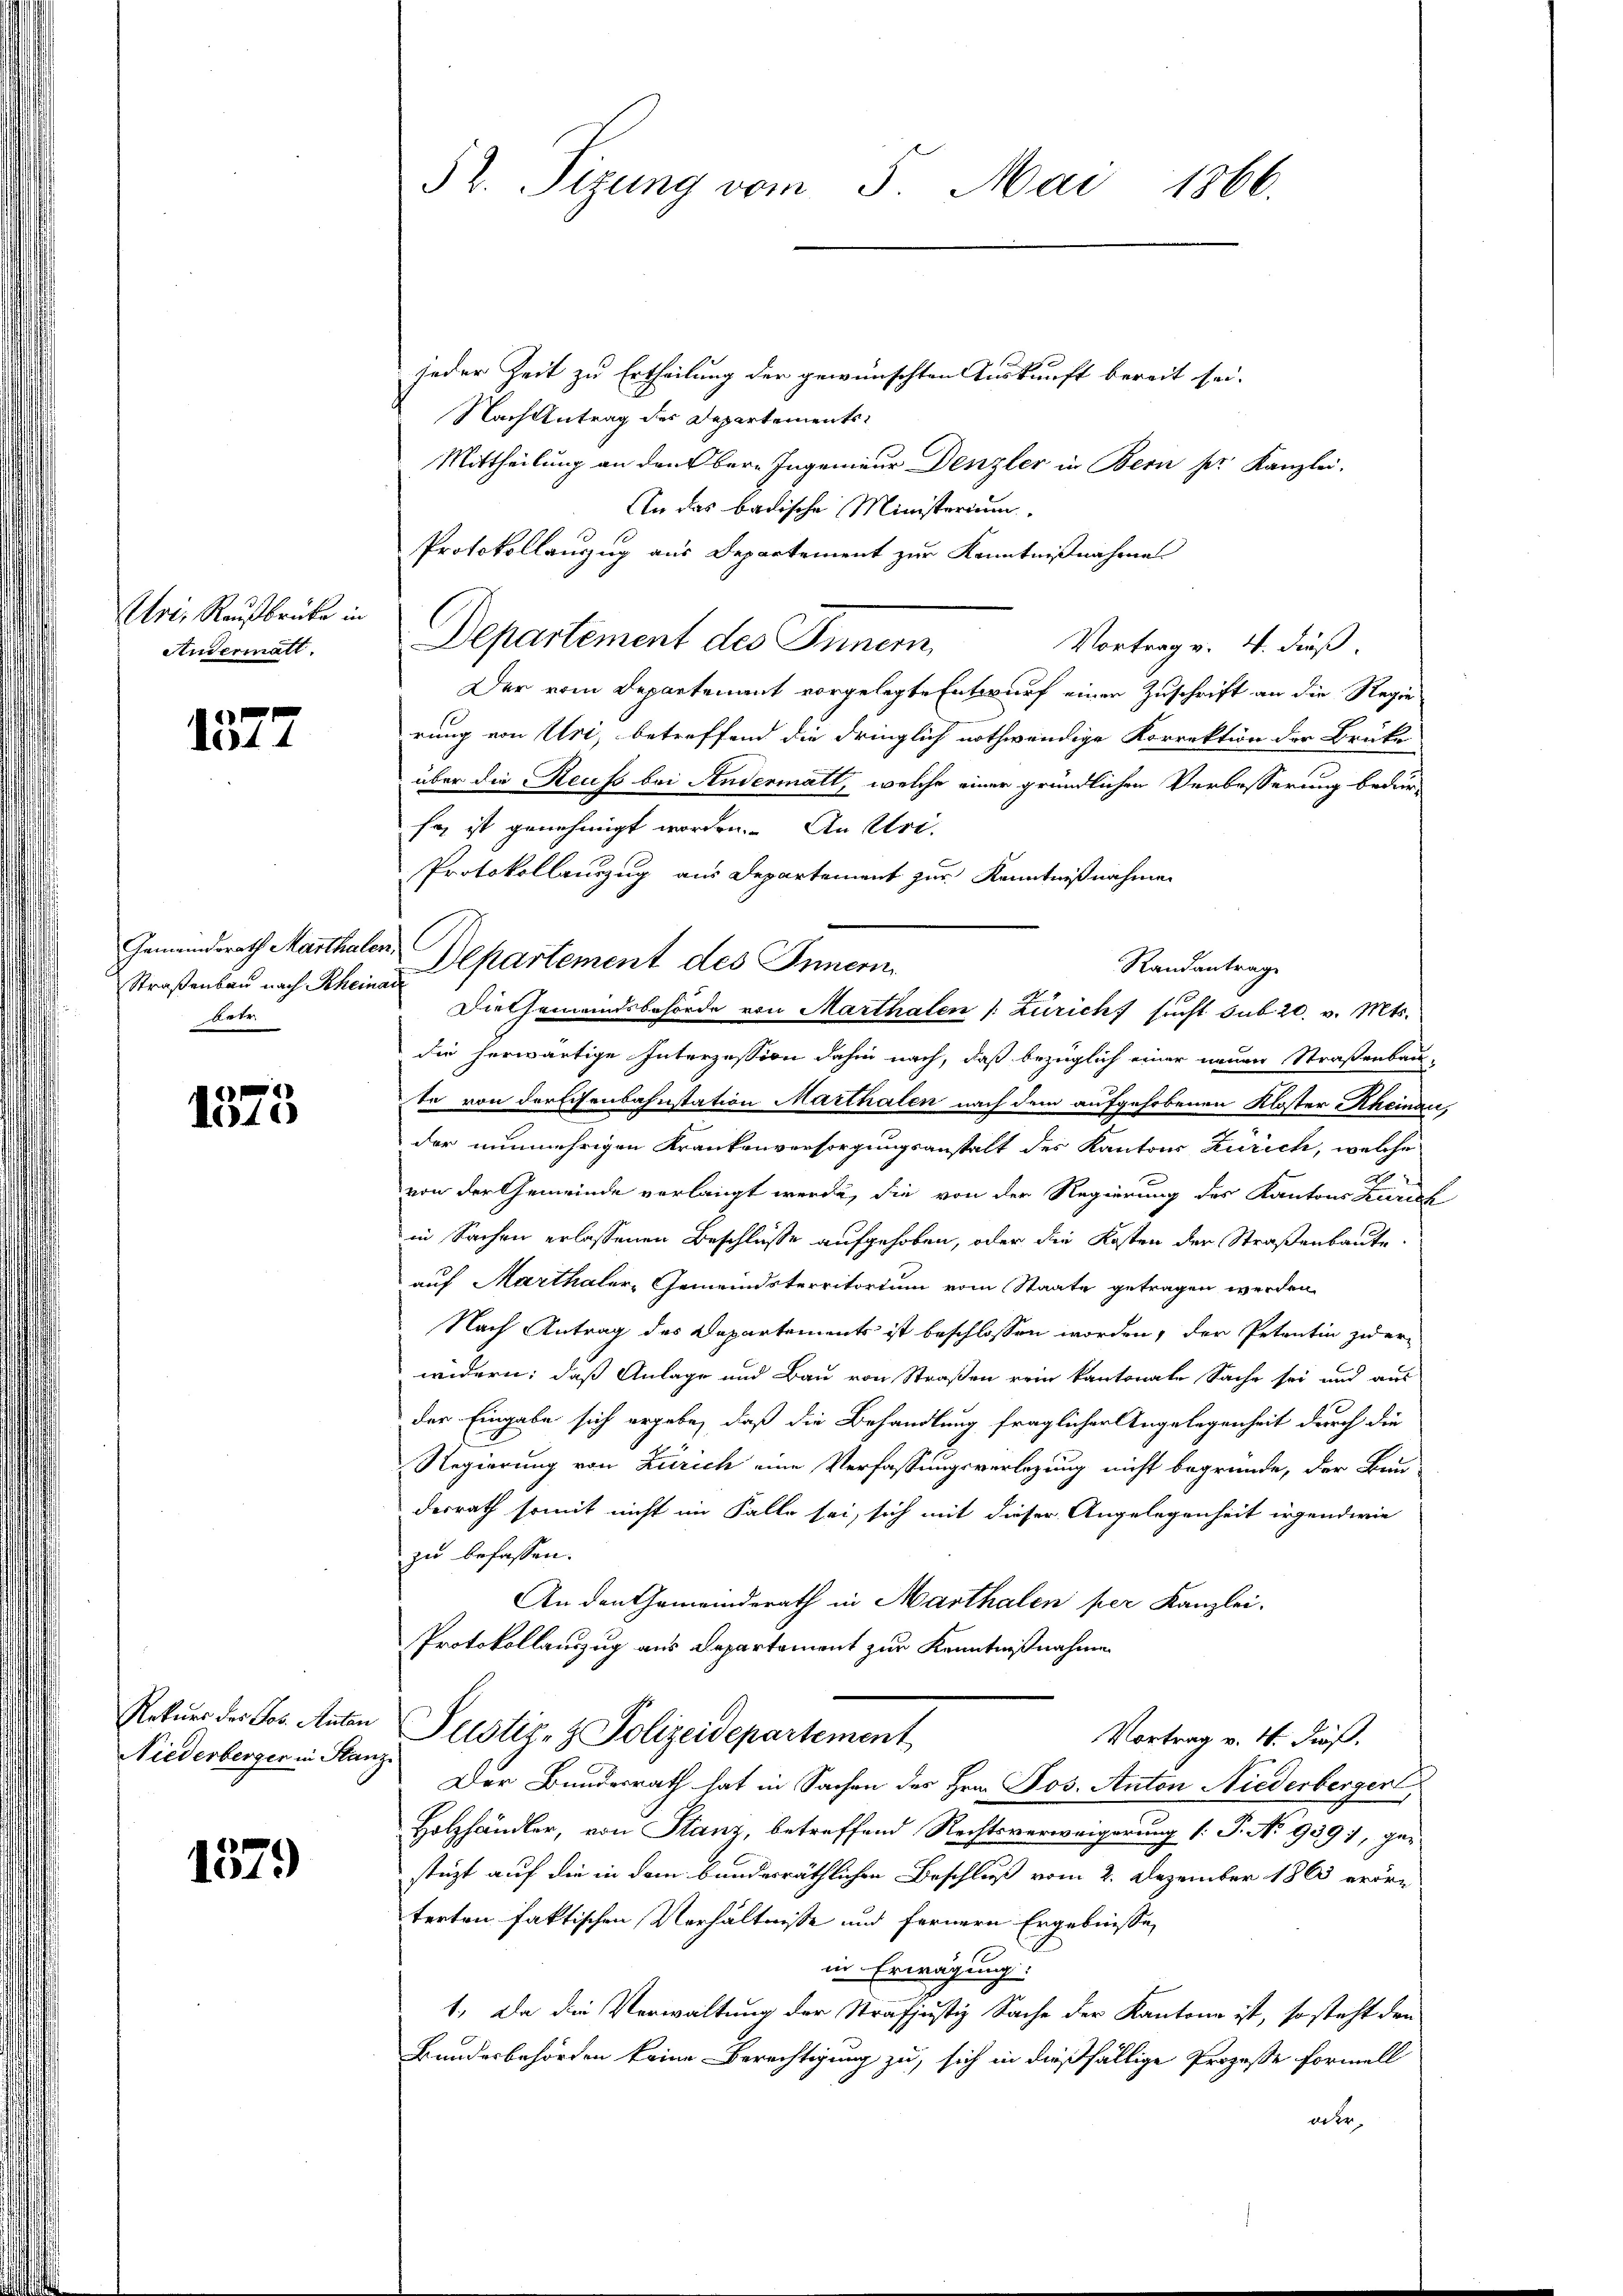
Uri, Rausbrücke in
Andermatt.

1572

Straßenbau nach Rheinau
betr.

1575

Rekurs des Jos. Mitan
Niederbergen in Stanz

1379

52. Sizung vom 5. Mai 1866.

jeder Zeit zu Ertheilung der gewünschten Auskunft bereit sei.
Nach Antrag des Departements¬
Mittheilung an den bere Ingenieur Denzler in Bern pr. Kanzlei.
An das badische Ministerium.
Protokollauszug aus Departement zur Kenntnißnahmen
Departement des Inner
Vortrag v. 4. dieß.
Der vom Departement vorgelegte Entwurf einer Zuschrift an die Regierung von Uri, betreffend die dringlich nothwendige Korrektion der Brüke
über die Reuss bei Andermatt, welche einer gründlichen Verbesserung bedur-
sa ist genehmigt worden. An Uri.
Protokollauszug aus Departement zur Kenntnißnahmen
Gemeindsrath Marthalen Departement des Innern
Die Gemeindsbehörde von Marthalen (: Zürich sucht sub 20. v. Mts.
die herwärtige Interzession dahin nach, daß bezüglich einer neuen Straßenbaute von der Eisenbahnstation Marthalen nach dem aufgehobenen Kloster Rheinau,
der nunmehrigen Krankenversorgungsanstalt des Kantons Zürich, welche
von der Gemeinde verlangt werde, die von der Regierung des Kantons Zürich
in Sachen erlassenen Beschlüsse aufgehoben, oder die Kosten der Straßenbaute
auf Marthaler, Gemeindsterritorium vom Staate getragen werden.
Nach Antrag des Departements ist beschlossen worden, der Petentin zuer
widern; daß Anlage und Bau von Straßen rein kantonale Sache sei und aus
der Eingabe sich ergebe, daß die Behandlung fraglicher Angelegenheit durch die
Regierung von Zürich eine Verfassungsverlegung nicht begründe, der Bau-
desrath somit nicht im Falle sei, sich mit dieser Angelegenheit irgendwie
zu befassen.
An den Gemeinderath in Marthalen per Kanzlei.
Protokollauszug aus Departement zur Kenntnißnahme
Justiz- & Polizeidepartement
Vortrag v. 4. dieß.
Der Bundesrath hat in Sachen des Hrn. Jos. Anton Niederberger
Holzhändler, von Stanz, betreffend Rechtsverweigerung (: P. No 9391, gesteigt auf die in dem bundesräthlichen Beschluß vom 2. Dezember 1863 eröre
terten faktischen Verhältnisse und fernern Ergebnisse
in Erwägung:
1., Da die Verwaltung der Strafjustiz Sache der Kantone ist, so steht den
Bundesbehörden keine Berechtigung zu, sich in dießfällige Prozesse formell
aer

Randantrag